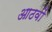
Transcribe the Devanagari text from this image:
आठवों